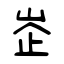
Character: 峜